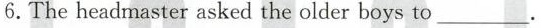
6.Theheadmaster asked the older boys to___.